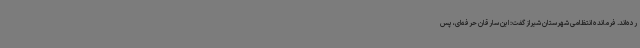
رده‌اند. فرمانده انتظامی شهرستان شیراز گفت: این سارقان حرفه‌ای، پس